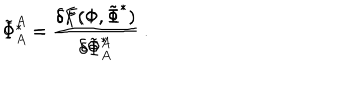
LaTeX: \tilde { \Phi } ^ { A } = \frac { \delta F ( \Phi , \tilde { \Phi } ^ { * } ) } { \delta \tilde { \Phi } _ { A } ^ { * } } \hspace { 2 c m } \Phi _ { A } ^ { * } = \frac { \delta F ( \Phi , \tilde { \Phi } ^ { * } ) } { \delta \Phi ^ { A } } \ .